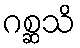
ဂစ္ဆသိ